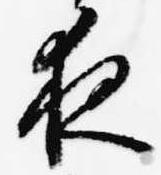
夜